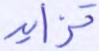
تزايد